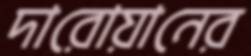
দারোয়ানের